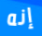
إنه